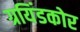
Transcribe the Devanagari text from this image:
ग्रयिंडकोर